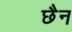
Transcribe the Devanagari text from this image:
छैन